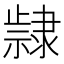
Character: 𮥵